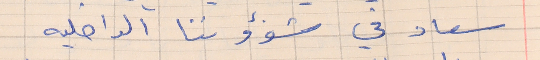
سعاد في شؤواننا الداخليه